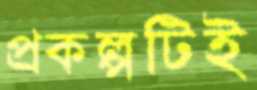
প্রকল্পটিই